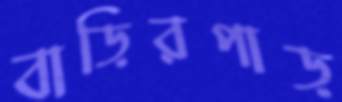
বাড়িরপাড়